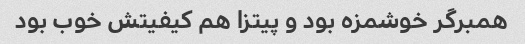
همبرگر خوشمزه بود و پیتزا هم کیفیتش خوب بود